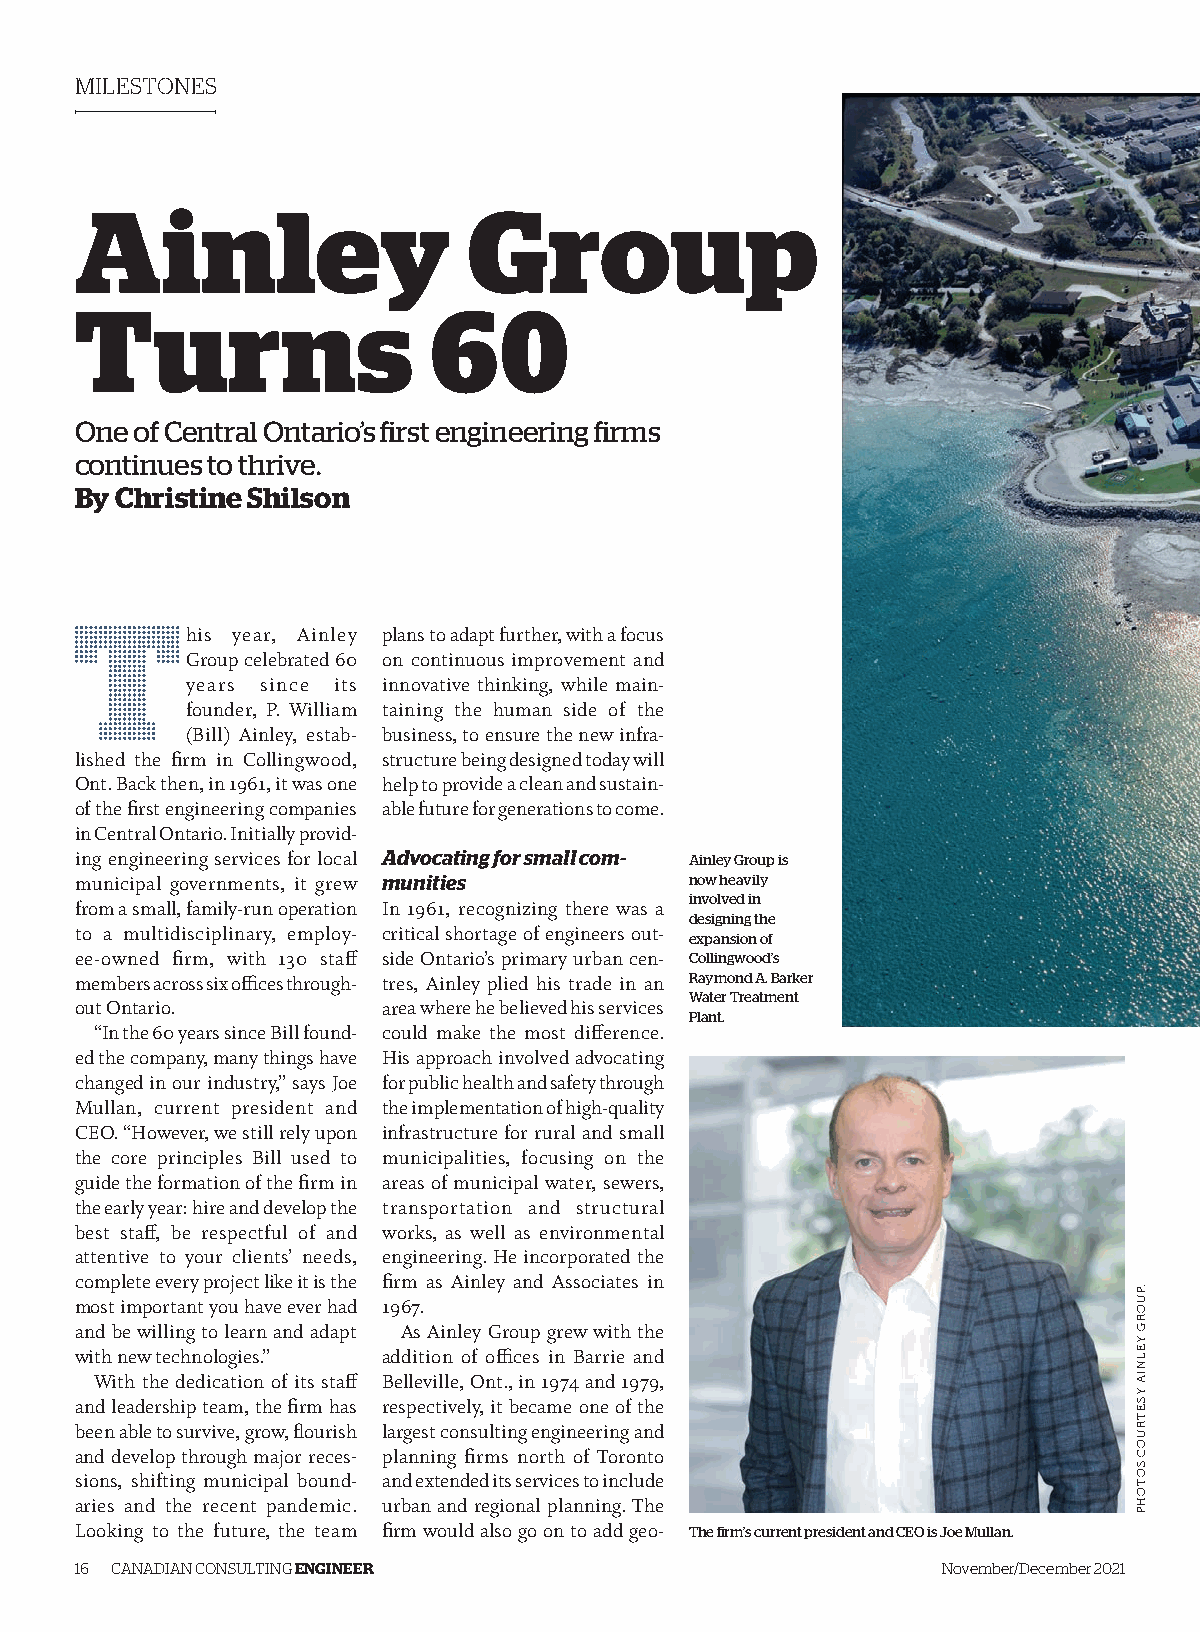
MILESTONES
 Ainley                    Group
 Turns                  60
 One of Central Ontario’s first engineering firms
 continues to thrive.
 By Christine Shilson
 T
 his year, Ainley plans to adapt further, with a focus
 Group celebrated 60 on continuous improvement and
 years since its innovative thinking, while main-
 founder, P. William taining the human side of the
 (Bill) Ainley, estab- business, to ensure the new infra-
 lished the firm in Collingwood, structure being designed today will
 Ont. Back then, in 1961, it was one help to provide a clean and sustain-
 of the first engineering companies able future for generations to come.
 in Central Ontario. Initially provid-
 ing engineering services for local Advocating for small com- Ainley Group is
 municipal governments, it grew munities  now heavily
 involved in
 from a small, family-run operation In 1961, recognizing there was a
 designing the
 to a multidisciplinary, employ- critical shortage of engineers out-
 expansion of
 ee-owned firm, with 130 staff side Ontario’s primary urban cen- Collingwood’s
 members across six offices through- tres, Ainley plied his trade in an Raymond A. Barker
 Water Treatment
 out Ontario.        area where he believed his services
 Plant.
 “In the 60 years since Bill found- could make the most difference.
 ed the company, many things have His approach involved advocating
 changed in our industry,” says Joe for public health and safety through
 Mullan, current president and the implementation of high-quality
 CEO. “However, we still rely upon infrastructure for rural and small
 the core principles Bill used to municipalities, focusing on the
 guide the formation of the firm in areas of municipal water, sewers,
 the early year: hire and develop the transportation and structural
 best staff, be respectful of and works, as well as environmental
 attentive to your clients’ needs, engineering. He incorporated the
 complete every project like it is the firm as Ainley and Associates in
 most important you have ever had 1967.
 and be willing to learn and adapt As Ainley Group grew with the
 with new technologies.” addition of offices in Barrie and
 With the dedication of its staff Belleville, Ont., in 1974 and 1979,
 and leadership team, the firm has respectively, it became one of the
 been able to survive, grow, flourish largest consulting engineering and
 and develop through major reces- planning firms north of Toronto
 sions, shifting municipal bound- and extended its services to include
 aries and the recent pandemic. urban and regional planning. The
 Looking to the future, the team firm would also go on to add geo- The firm’s current president and CEO is Joe Mullan.
 16 CANADIAN CONSULTING ENGINEER                          November/December 2021
 .PUORG
 YELNIA
 YSETRUOC
 SOTOHP